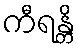
ကီရန္တိ